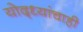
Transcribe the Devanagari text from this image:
योद्ध्यांचाही